Report of the veterinary officer investigating camel disease
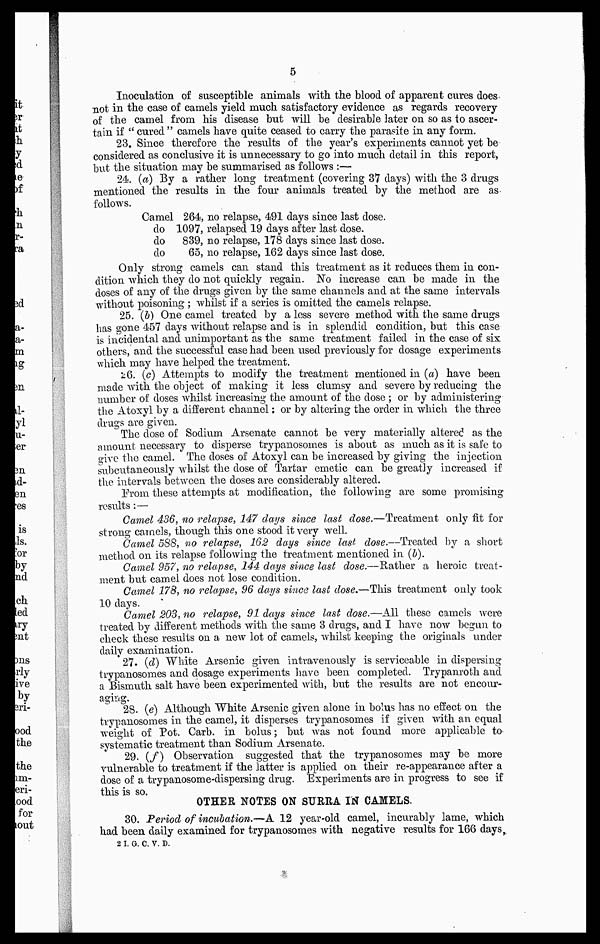
5
Inoculation of susceptible animals with the blood of apparent cures does
not in the case of camels yield much satisfactory evidence as regards recovery
of the camel from his disease but will be desirable later on so as to ascer-
tain if " cured " camels have quite ceased to carry the parasite in any form.
23. Since therefore the results of the year's experiments cannot yet be
considered as conclusive it is unnecessary to go into much detail in this report,
but the situation may be summarised as follows :—
24. (a) By a rather long treatment (covering 37 days) with the 3 drugs
mentioned the results in the four animals treated by the method are as
follows.
Camel 264, no relapse, 491 days since last dose.
do 1097, relapsed 19 days after last dose.
do 839, no relapse, 178 days since last dose.
do
65, no relapse, 162 days since last dose.
Only strong camels can stand this treatment as it reduces them in con-
dition which they do not quickly regain. No increase can be made in the
doses of any of the drugs given by the same channels and at the same intervals
without poisoning ; whilst if a series is omitted the camels relapse.
25. (b) One camel treated by a less severe method with the same drugs
has gone 457 days without relapse and is in splendid condition, but this case
is incidental and unimportant as the same treatment failed in the case of six
others, and the successful case had been used previously for dosage experiments
which may have helped the treatment.
26. (c) Attempts to modify the treatment mentioned in (a) have been
made with the object of making it less clumsy and severe by reducing the
number of doses whilst increasing the amount of the dose ; or by administering
the Atoxyl by a different channel ; or by altering the order in which the three
drugs are given.
The dose of Sodium Arsenate cannot be very materially altered as the
amount necessary to disperse trypanosomes is about as much as it is safe to
give the camel. The doses of Atoxyl can be increased by giving the injection
subcutaneously whilst the dose of Tartar emetic can be greatly increased if
the intervals between the doses are considerably altered.
Prom these attempts at modification, the following are some promising
results :—
Camel 436, no relapse, 147 clays since last dose.—Treatment only fit for
strong camels, though this one stood it very well.
Camel 588, no relapse, 162 days since last dose.—Treated by a short
method on its relapse following the treatment mentioned in (6).
Camel 957, no relapse, 144 days since last dose.—Rather a heroic treat-
ment but camel does not lose condition.
Camel 178, no relapse, 96 days since last dose.—This treatment only took
10 days.
Camel 203, no relapse, 91 days since last dose.—All these camels were
treated by different methods with the same 3 drugs, and I have now begun to
check these results on a new lot of camels, whilst keeping the originals under
daily examination.
27. (d) White Arsenic given intravenously is serviceable in dispersing
trypanosomes and dosage experiments have been completed. Trypanroth and
a Bismuth salt have been experimented with, but the results are not encour-
aging.
28. (e) Although White Arsenic given alone in bolus has no effect on the
trypanosomes in the camel, it disperses trypanosomes if given with an equal
weight of Pot. Carb. in bolus; but was not found more applicable to
systematic treatment than Sodium Arsenate.
29. (f) Observation suggested that the trypanosomes may be more
vulnerable to treatment if the latter is applied on their re-appearance after a
dose of a trypanosome-dispersing drug. Experiments are in progress to see if
this is so.
OTHER NOTES ON SURRA IN CAMELS.
30. Period of incubation.—A 12 year-old camel, incurably lame, which
had been daily examined for trypanosomes with negative results for 166 days,
2 I. G. C. V. D.